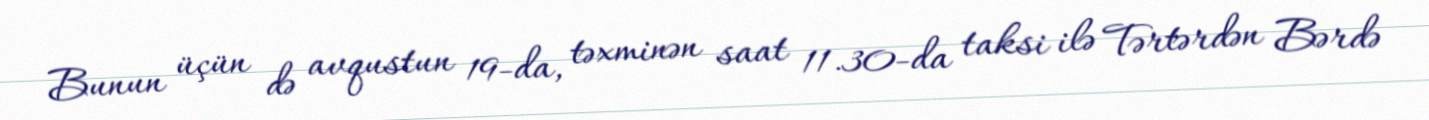
Bunun üçün də avqustun 19-da, təxminən saat 11.30-da taksi ilə Tərtərdən Bərdə